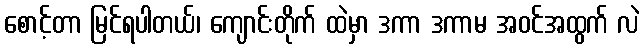
စောင့်တာ မြင်ရပါတယ်၊ ကျောင်းတိုက် ထဲမှာ ဒကာ ဒကာမ အဝင်အထွက် လဲ